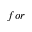
f o r